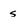
Character: s